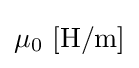
\mu _{0}\ \mathrm {[H/m]}